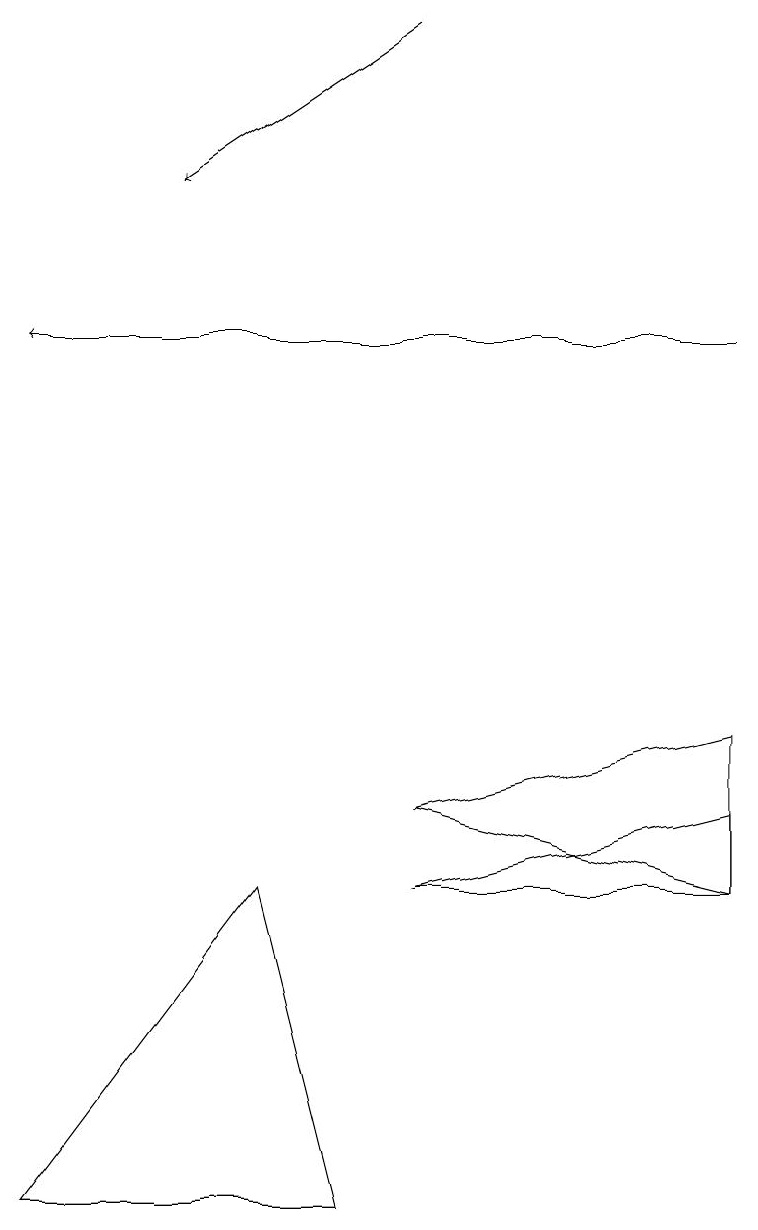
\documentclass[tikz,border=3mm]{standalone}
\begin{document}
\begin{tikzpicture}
\draw[->] (5,18) -- (2,16);
\draw (5,8) -- (9,7) -- (9,9) -- cycle;
\draw[->] (9,14) -- (0,14);
\draw (5,7) -- (9,8) -- (9,7) -- cycle;
\draw (3,7) -- (0,3) -- (4,3) -- cycle;
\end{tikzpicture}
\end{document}